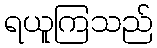
ရယူကြသည်